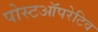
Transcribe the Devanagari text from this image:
पोस्टऑपरेटिव